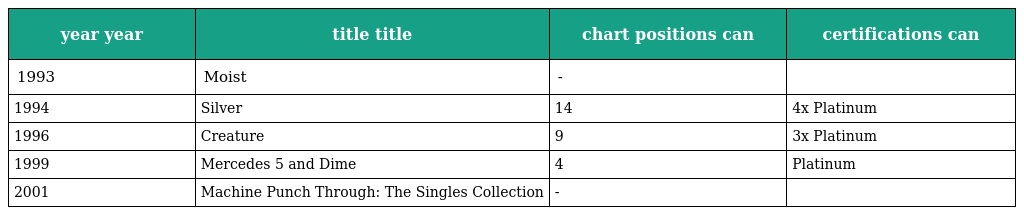
| year year | title title | chart positions can | certifications can |
 | --- | --- | --- | --- |
 | 1993 | Moist | - |  |
 | 1994 | Silver | 14 | 4x Platinum |
 | 1996 | Creature | 9 | 3x Platinum |
 | 1999 | Mercedes 5 and Dime | 4 | Platinum |
 | 2001 | Machine Punch Through: The Singles Collection | - |  |